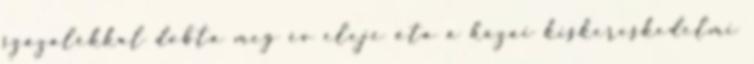
százalékkal dobta meg év eleje óta a hazai kiskereskedelmi